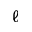
\ell